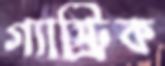
গ্যাস্ট্রিক